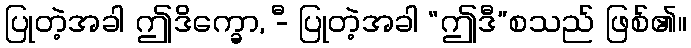
ပြုတဲ့အခါ ဤဒိက္ခော, -ီ ပြုတဲ့အခါ “ဤဒီ”စသည် ဖြစ်၏။